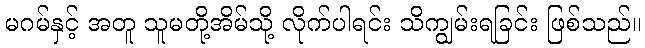
မဂမ်နှင့် အတူ သူမတို့အိမ်သို့ လိုက်ပါရင်း သိကျွမ်းရခြင်း ဖြစ်သည်။